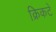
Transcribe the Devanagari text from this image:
क्रिकटे